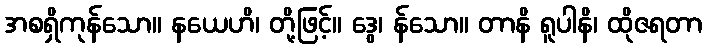
အစရှိကုန်သော။ နယေဟိ၊ တို့ဖြင့်။ ဒွေ၊ န်သော။ တာနိ ရူပါနိ၊ ထိုဇရတာ